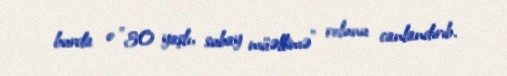
burda o "30 yaşlı, subay müəllimə" rolunu canlandırıb.